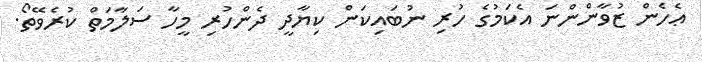
ޢެހެން ޒުވާންންނަ އެކަމުގެ ހުރި ނުބައިކަން ކިޔާދީ ދެންހުރި މީހާ ސަލާމަތް ކުރެވޭތޯ.